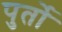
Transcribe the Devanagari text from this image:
पुर्तो